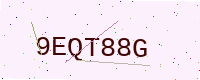
Text: 9EQT88G